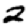
Digit: 2